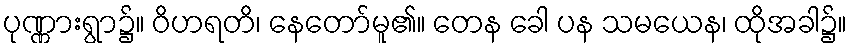
ပုဏ္ဏားရွာ၌။ ဝိဟရတိ၊ နေတော်မူ၏။ တေန ခေါ ပန သမယေန၊ ထိုအခါ၌။